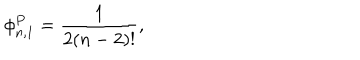
LaTeX: \phi _ { n , 1 } ^ { P } = \frac { 1 } { 2 ( n - 2 ) ! } ,